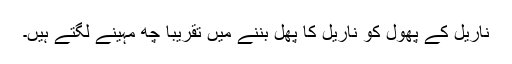
ناریل کے پھول کو ناریل کا پھل بننے میں تقریباً چھ مہینے لگتے ہیں۔